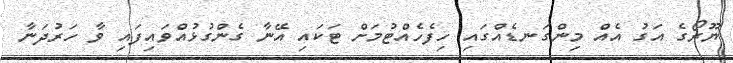
ޔޫރޯގެ އަގު އެއް މިންގަނޑެއްގައި ހިފެހެއްޓުމަށް ޓަކައި އޭނާ ގެންގުޅުއްވައިފައި ވާ ހަރުދަނާ